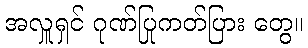
အလှူရှင် ဂုဏ်ပြုကတ်ပြား တွေ။